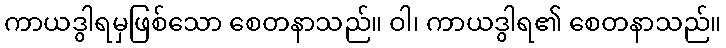
ကာယဒွါရမှဖြစ်သော စေတနာသည်။ ဝါ၊ ကာယဒွါရ၏ စေတနာသည်။